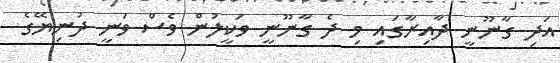
އަދި ގާނޫނީ ދާއިރާގައި މި ދެ ގާނޫނީ ވަކީލުން ވެސް ވަނީ ދުނިޔޭގެ